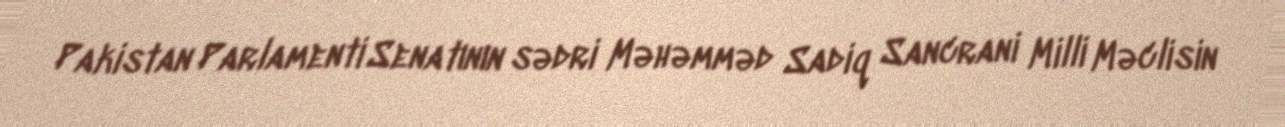
Pakistan Parlamenti Senatının sədri Məhəmməd Sadiq Sancrani Milli Məclisin